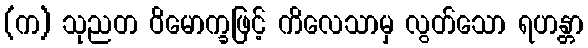
(က) သုညတ ဝိမောက္ခဖြင့် ကိလေသာမှ လွတ်သော ရဟန္တာ